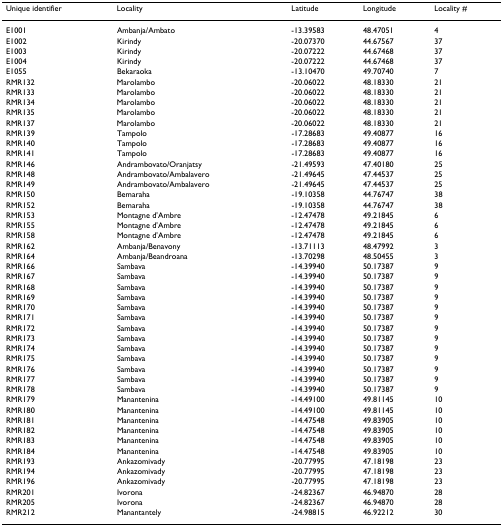
<table><thead><tr><td><b>Unique identifier</b></td><td><b>Locality</b></td><td><b>Latitude</b></td><td><b>Longitude</b></td><td><b>Locality #</b></td></tr></thead><tbody><tr><td>E1001</td><td>Ambanja/Ambato</td><td>-13.39583</td><td>48.47051</td><td>4</td></tr><tr><td>E1002</td><td>Kirindy</td><td>-20.07370</td><td>44.67567</td><td>37</td></tr><tr><td>E1003</td><td>Kirindy</td><td>-20.07222</td><td>44.67468</td><td>37</td></tr><tr><td>E1004</td><td>Kirindy</td><td>-20.07222</td><td>44.67468</td><td>37</td></tr><tr><td>E1055</td><td>Bekaraoka</td><td>-13.10470</td><td>49.70740</td><td>7</td></tr><tr><td>RMR132</td><td>Marolambo</td><td>-20.06022</td><td>48.18330</td><td>21</td></tr><tr><td>RMR133</td><td>Marolambo</td><td>-20.06022</td><td>48.18330</td><td>21</td></tr><tr><td>RMR134</td><td>Marolambo</td><td>-20.06022</td><td>48.18330</td><td>21</td></tr><tr><td>RMR135</td><td>Marolambo</td><td>-20.06022</td><td>48.18330</td><td>21</td></tr><tr><td>RMR137</td><td>Marolambo</td><td>-20.06022</td><td>48.18330</td><td>21</td></tr><tr><td>RMR139</td><td>Tampolo</td><td>-17.28683</td><td>49.40877</td><td>16</td></tr><tr><td>RMR140</td><td>Tampolo</td><td>-17.28683</td><td>49.40877</td><td>16</td></tr><tr><td>RMR141</td><td>Tampolo</td><td>-17.28683</td><td>49.40877</td><td>16</td></tr><tr><td>RMR146</td><td>Andrambovato/Oranjatsy</td><td>-21.49593</td><td>47.40180</td><td>25</td></tr><tr><td>RMR148</td><td>Andrambovato/Ambalavero</td><td>-21.49645</td><td>47.44537</td><td>25</td></tr><tr><td>RMR149</td><td>Andrambovato/Ambalavero</td><td>-21.49645</td><td>47.44537</td><td>25</td></tr><tr><td>RMR150</td><td>Bemaraha</td><td>-19.10358</td><td>44.76747</td><td>38</td></tr><tr><td>RMR152</td><td>Bemaraha</td><td>-19.10358</td><td>44.76747</td><td>38</td></tr><tr><td>RMR153</td><td>Montagne d&#x27;Ambre</td><td>-12.47478</td><td>49.21845</td><td>6</td></tr><tr><td>RMR155</td><td>Montagne d&#x27;Ambre</td><td>-12.47478</td><td>49.21845</td><td>6</td></tr><tr><td>RMR158</td><td>Montagne d&#x27;Ambre</td><td>-12.47478</td><td>49.21845</td><td>6</td></tr><tr><td>RMR162</td><td>Ambanja/Benavony</td><td>-13.71113</td><td>48.47992</td><td>3</td></tr><tr><td>RMR164</td><td>Ambanja/Beandroana</td><td>-13.70298</td><td>48.50455</td><td>3</td></tr><tr><td>RMR166</td><td>Sambava</td><td>-14.39940</td><td>50.17387</td><td>9</td></tr><tr><td>RMR167</td><td>Sambava</td><td>-14.39940</td><td>50.17387</td><td>9</td></tr><tr><td>RMR168</td><td>Sambava</td><td>-14.39940</td><td>50.17387</td><td>9</td></tr><tr><td>RMR169</td><td>Sambava</td><td>-14.39940</td><td>50.17387</td><td>9</td></tr><tr><td>RMR170</td><td>Sambava</td><td>-14.39940</td><td>50.17387</td><td>9</td></tr><tr><td>RMR171</td><td>Sambava</td><td>-14.39940</td><td>50.17387</td><td>9</td></tr><tr><td>RMR172</td><td>Sambava</td><td>-14.39940</td><td>50.17387</td><td>9</td></tr><tr><td>RMR173</td><td>Sambava</td><td>-14.39940</td><td>50.17387</td><td>9</td></tr><tr><td>RMR174</td><td>Sambava</td><td>-14.39940</td><td>50.17387</td><td>9</td></tr><tr><td>RMR175</td><td>Sambava</td><td>-14.39940</td><td>50.17387</td><td>9</td></tr><tr><td>RMR176</td><td>Sambava</td><td>-14.39940</td><td>50.17387</td><td>9</td></tr><tr><td>RMR177</td><td>Sambava</td><td>-14.39940</td><td>50.17387</td><td>9</td></tr><tr><td>RMR178</td><td>Sambava</td><td>-14.39940</td><td>50.17387</td><td>9</td></tr><tr><td>RMR179</td><td>Manantenina</td><td>-14.49100</td><td>49.81145</td><td>10</td></tr><tr><td>RMR180</td><td>Manantenina</td><td>-14.49100</td><td>49.81145</td><td>10</td></tr><tr><td>RMR181</td><td>Manantenina</td><td>-14.47548</td><td>49.83905</td><td>10</td></tr><tr><td>RMR182</td><td>Manantenina</td><td>-14.47548</td><td>49.83905</td><td>10</td></tr><tr><td>RMR183</td><td>Manantenina</td><td>-14.47548</td><td>49.83905</td><td>10</td></tr><tr><td>RMR184</td><td>Manantenina</td><td>-14.47548</td><td>49.83905</td><td>10</td></tr><tr><td>RMR193</td><td>Ankazomivady</td><td>-20.77995</td><td>47.18198</td><td>23</td></tr><tr><td>RMR194</td><td>Ankazomivady</td><td>-20.77995</td><td>47.18198</td><td>23</td></tr><tr><td>RMR196</td><td>Ankazomivady</td><td>-20.77995</td><td>47.18198</td><td>23</td></tr><tr><td>RMR201</td><td>Ivorona</td><td>-24.82367</td><td>46.94870</td><td>28</td></tr><tr><td>RMR205</td><td>Ivorona</td><td>-24.82367</td><td>46.94870</td><td>28</td></tr><tr><td>RMR212</td><td>Manantantely</td><td>-24.98815</td><td>46.92212</td><td>30</td></tr></tbody></table>